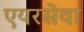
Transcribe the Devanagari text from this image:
एयरसेवा